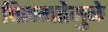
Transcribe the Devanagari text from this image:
विलगतेमुळे